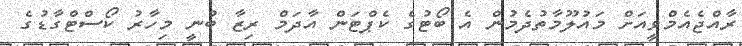
ރާއްޖެއެމްވީއަށް މައުލޫމާތުދެމުން އެ ބޯޓުގެ ކެޕްޓަން އާދަމް ރިޒާ ބުނީ މިހާރު ކޯސްޓްގާޑުގެ